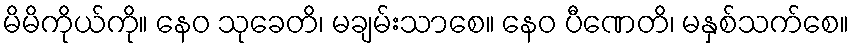
မိမိကိုယ်ကို။ နေဝ သုခေတိ၊ မချမ်းသာစေ။ နေဝ ပီဏေတိ၊ မနှစ်သက်စေ။